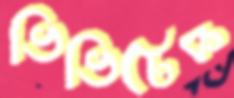
ভিভিটেক